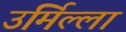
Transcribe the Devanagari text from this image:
उर्मिल्ला